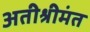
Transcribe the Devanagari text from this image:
अतीश्रीमंत